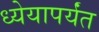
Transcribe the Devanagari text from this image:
ध्येयापर्यंत